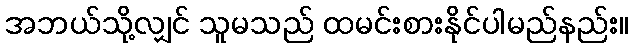
အဘယ်သို့လျှင် သူမသည် ထမင်းစားနိုင်ပါမည်နည်း။